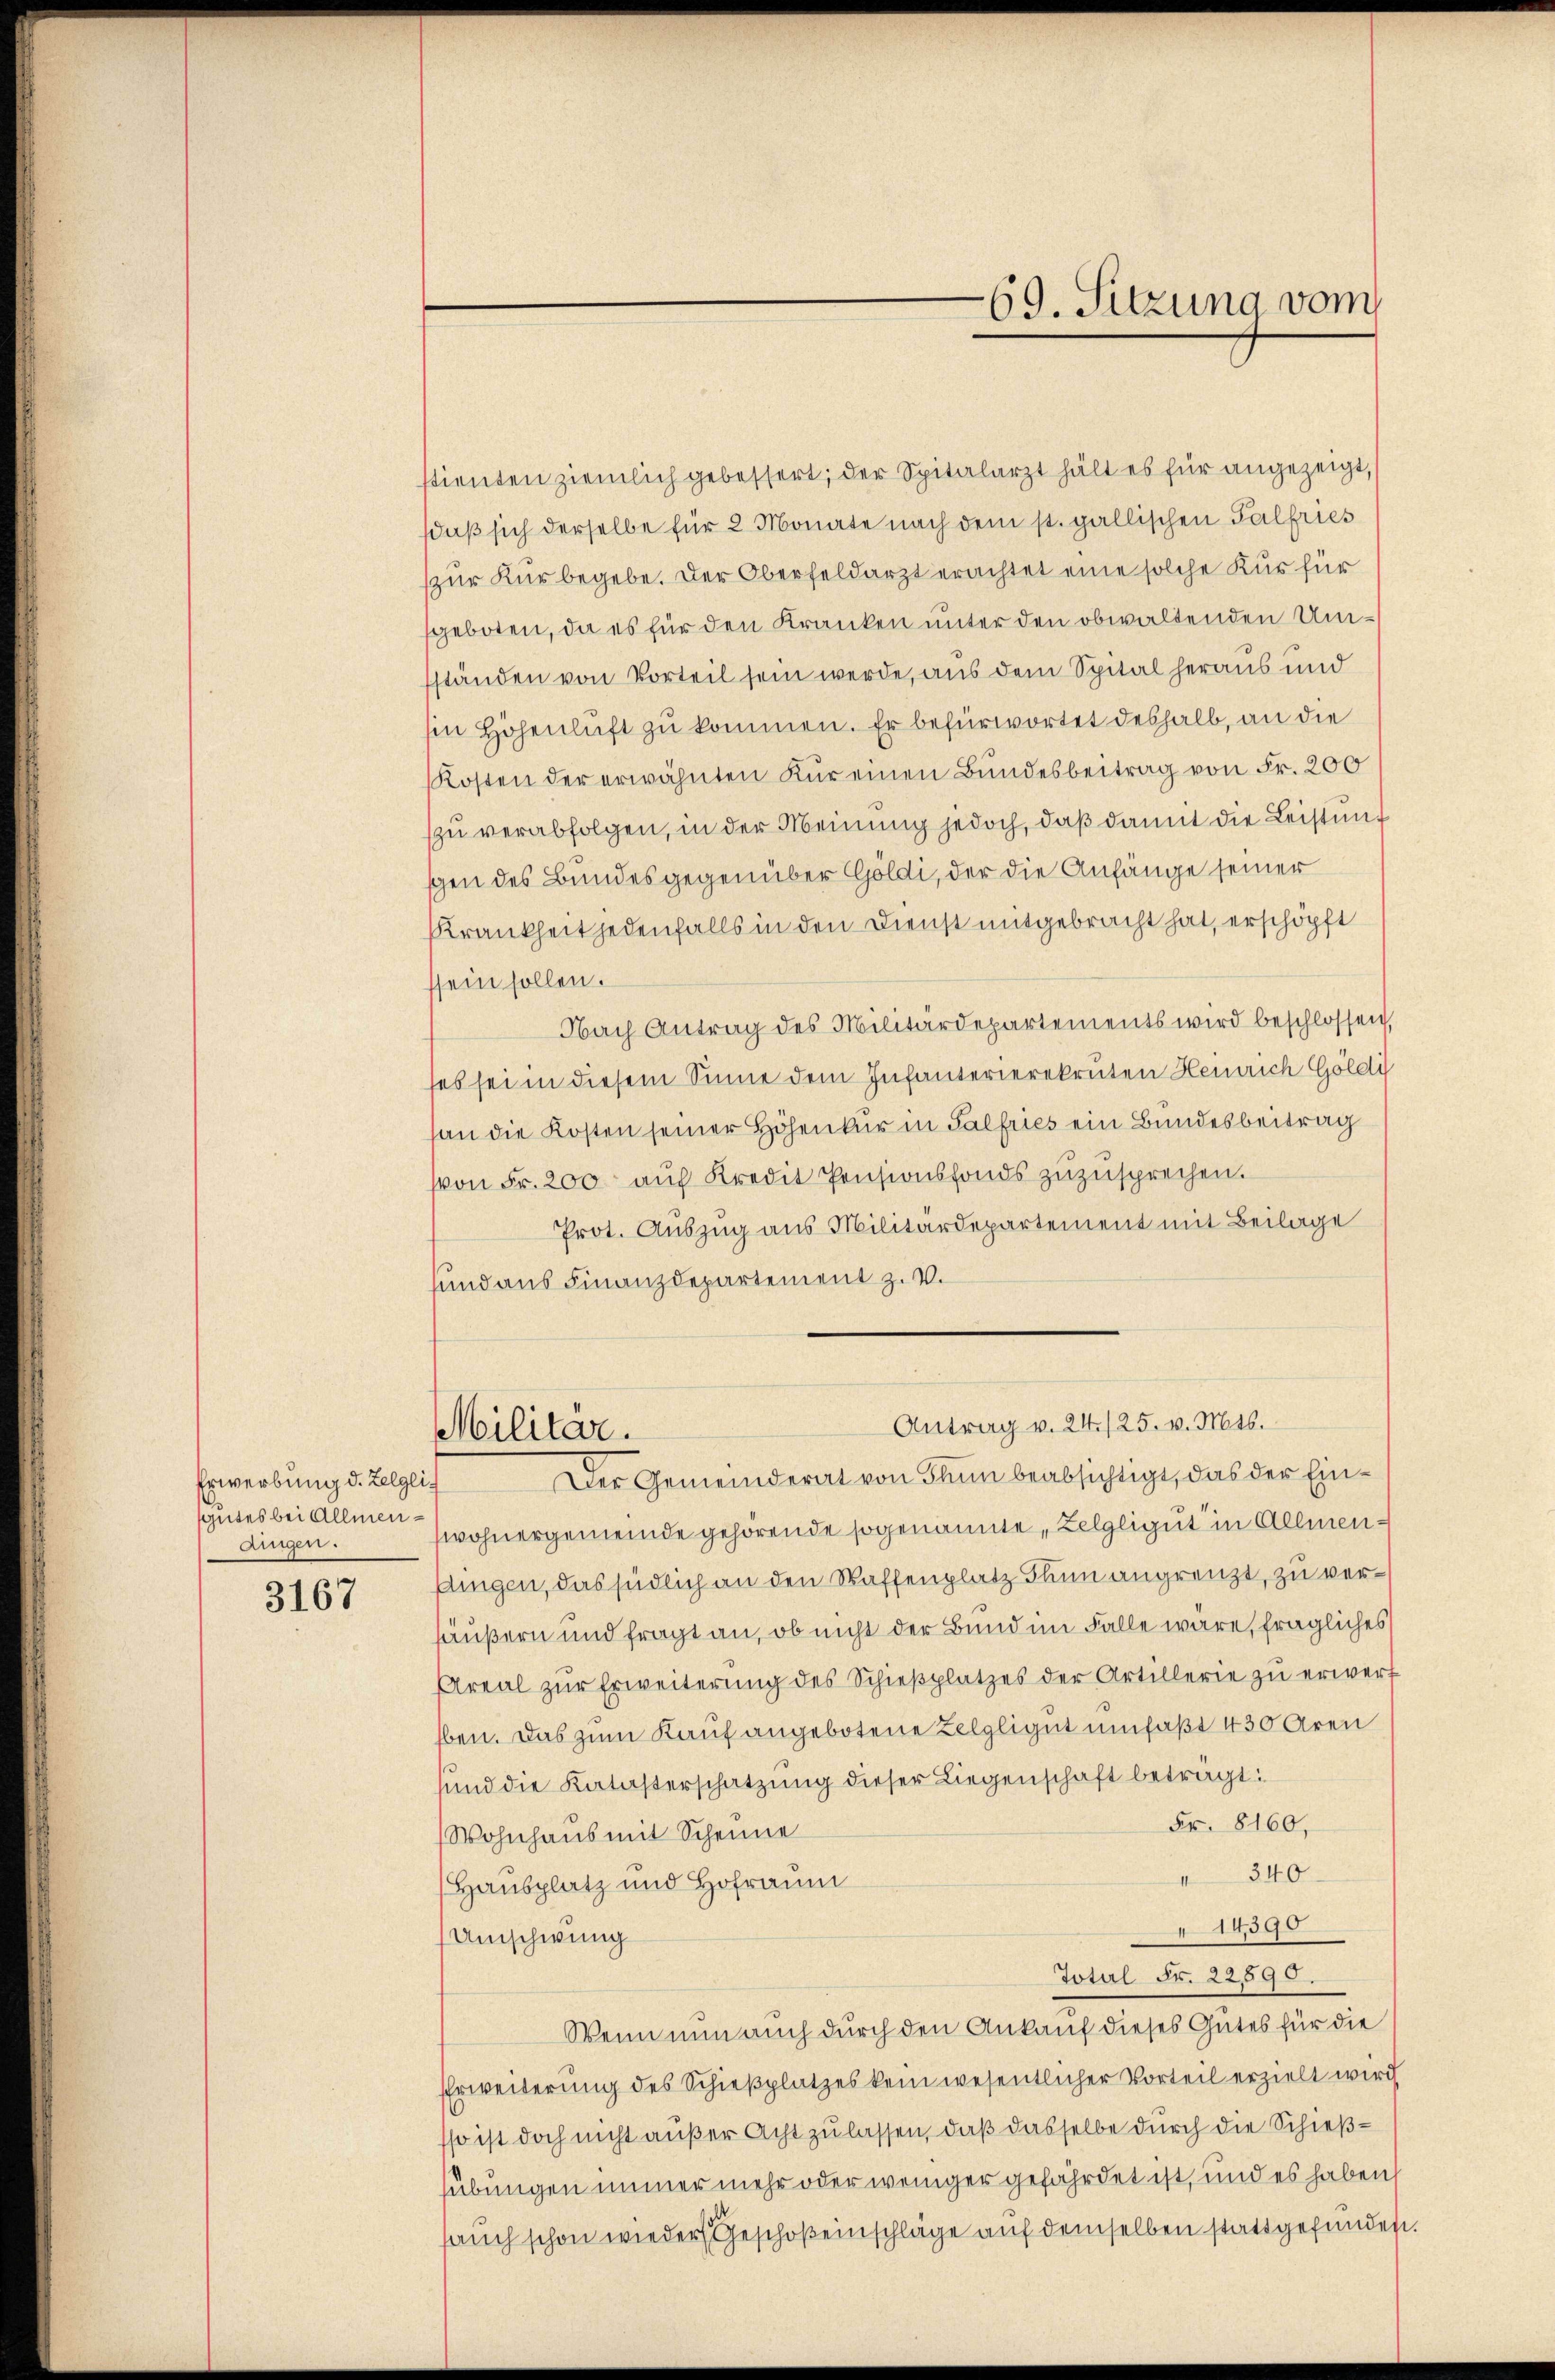
Erwerbung d. Zelgli
gutes bei Allmen¬
Aigen.

3167

stienten ziemlich gebessert, der Spitalarzt hält es für angezeigt,
daß sich derselbe für 2 Monate nach dem st. gallischen Palfries
zur Kur begebe. Der Oberfeldarzt erachtet eine solche Kur für
geboten, da es für den Kranken unter den obwaltenden Umsständen von Vorteil sein werde, aus dem Spital heraus und
in Höhenluft zu kommen. Er befürwortet deshalb, an die
Kosten der erwähnten Kür einen Bundesbeitrag von Fr. 200
zu verabfolgen, in der Meinung jedoch, daß damit die Leistung
schen des Bundesgegenüber Göldi, der die Anfänge seiner
Krankheit jedenfalls in den Dienst mitgebracht hat, erschöpft
ssein sollen.
Nach Antrag des Militärdepartements wird beschlossen,
ses sei in diesem Sinne dem Infanterierekruten Heinrich Göldi
an die Kosten seiner Höhenkur in Palfries ein Bundesbeitrag
von Fr. 200 aŭf Kredit Pensionsfonds zuzusprechen.
Prot. Auszug aus Militärdepartement mit Beilage
sund aus Finanzdepartement z. v.

Militar.

69. Sitzung vom

Antrag v. 24./25. v. Mts.

Der Gemeinderat von Thun beabsichtigt, das der Einwohnergemeinde gehörende sogenannte, Zelgliget in Allmenfingen, das südlich an den Waffenplatz Thun angrenzt, zu verhäußern und fragt an, ob nicht der Bund im Falle wäre, fragliches
Areal zŭr Erweiterŭng des Schieβplatzes der Artillerie zŭ erwerf
ben. Das zum Kauf angebotene Zelgliget umfaßt 430 Aren
sund die Katasterschatzŭng dieser Liegenschaft betragt:
Fr. 8160,
Wohnhaus mit Scheine
 340
Hausplatz und Hofraum
14590
Umschwung
Total Fr. 22590.
Wenn nun auch durch den Ankauf dieses Gutes für die
Erweiterung des Schieβplatzes kein wesentlicher Vorteil erzielt wird
sso ist doch nicht außer Acht zu lassen, daß dasselbe durch die Schießsübungen immer mehr oder weniger gefährdet ist, und es haben
auch schon wieder Geschoßeinschläge auf demselben stattgefunden.